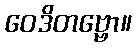
ဝေဒိတဗ္ဗော။